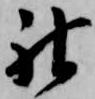
神